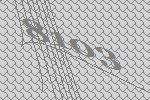
8103